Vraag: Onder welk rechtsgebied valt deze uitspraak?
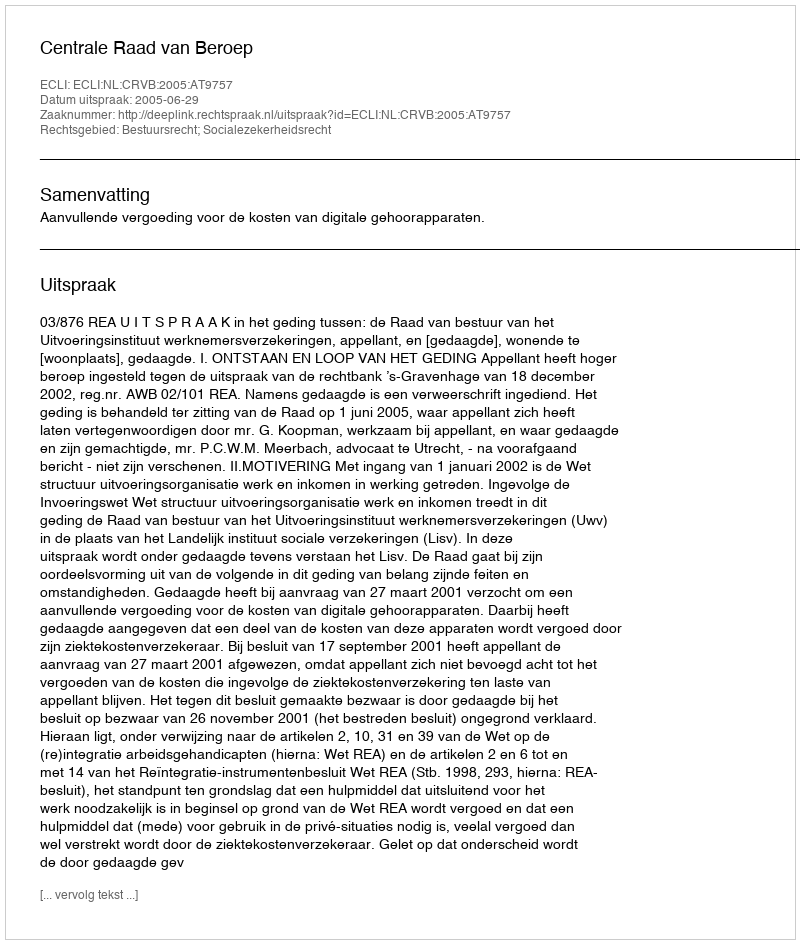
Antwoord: Bestuursrecht; Socialezekerheidsrecht